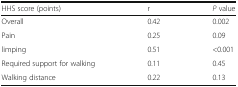
<table><thead><tr><td><b>HHS score (points)</b></td><td><b>r</b></td><td><b><i>P</i> value</b></td></tr></thead><tbody><tr><td>Overall</td><td>0.42</td><td>0.002</td></tr><tr><td>Pain</td><td>0.25</td><td>0.09</td></tr><tr><td>limping</td><td>0.51</td><td>&lt;0.001</td></tr><tr><td>Required support for walking</td><td>0.11</td><td>0.45</td></tr><tr><td>Walking distance</td><td>0.22</td><td>0.13</td></tr></tbody></table>